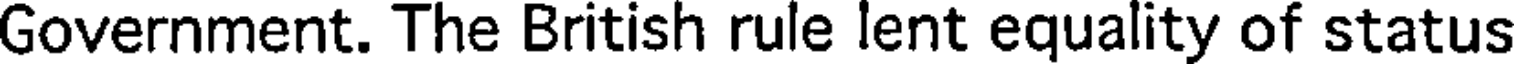
Government. The British rule lent equality of status